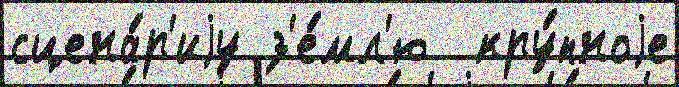
сцена́р'иjу з'е́мл'ю  кру́пноjе